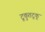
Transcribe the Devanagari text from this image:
टूकुतटूकू